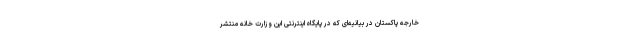
خارجه پاکستان در بیانیه‌ای که در پایگاه اینترنتی این وزارت خانه منتشر